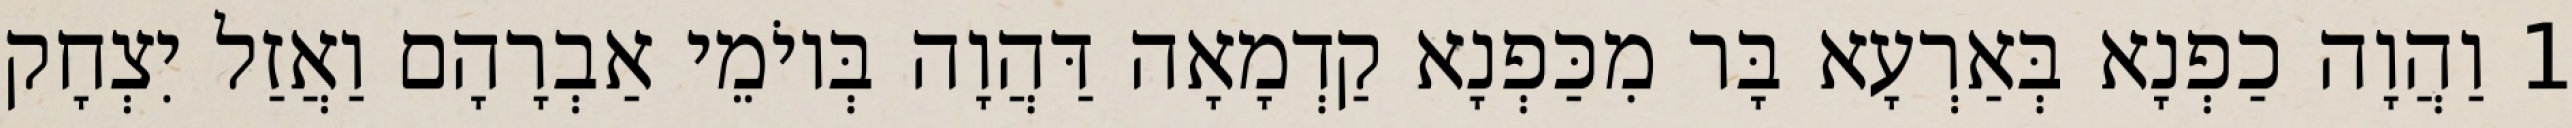
1 וַהֲוָה כַפְנָא בְּאַרְעָא בָּר מִכַּפְנָא קַדְמָאָה דַּהֲוָה בְּיוֹמֵי אַבְרָהָם וַאֲזַל יִצְחָק